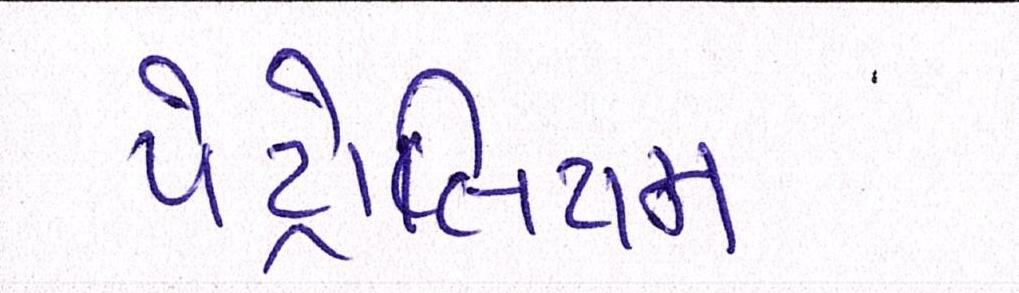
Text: પેટ્રોલિયમ